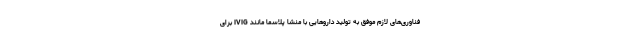
فناوری‌های لازم موفق به تولید داروهایی با منشا پلاسما مانند IVIG برای